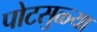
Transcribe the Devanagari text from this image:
पोटसुळ्या